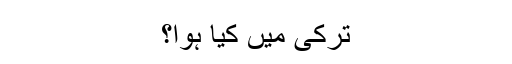
ترکی میں کیا ہوا؟